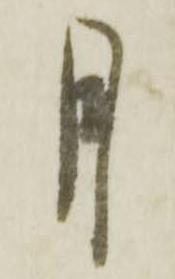
月